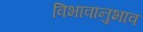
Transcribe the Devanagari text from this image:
विभावानुभाव